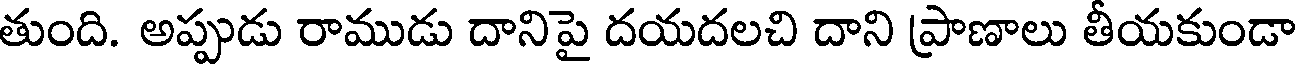
తుంది. అప్పుడు రాముడు దానిపై దయదలచి దాని ప్రాణాలు తీయకుండా